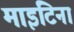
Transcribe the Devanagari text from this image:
माइटिना